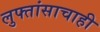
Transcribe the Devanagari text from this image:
लुफ्तांसाचाही